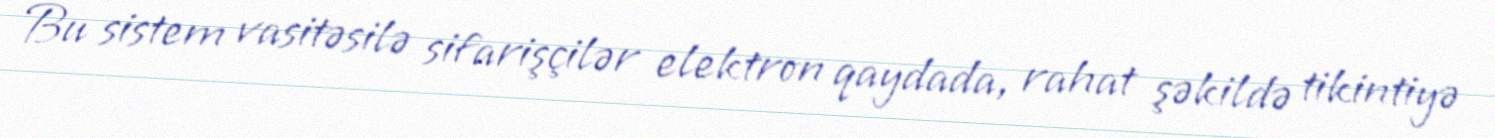
Bu sistem vasitəsilə sifarişçilər elektron qaydada, rahat şəkildə tikintiyə